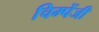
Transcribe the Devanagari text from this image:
चिम्पेंजी